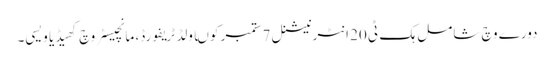
دورے وچ شامل ہک ٹی 20 انٹرنیشنل 7 ستمبر کوںاولڈ ٹریفورڈ، مانچیسٹر وچ کھیڈیا ویسی۔